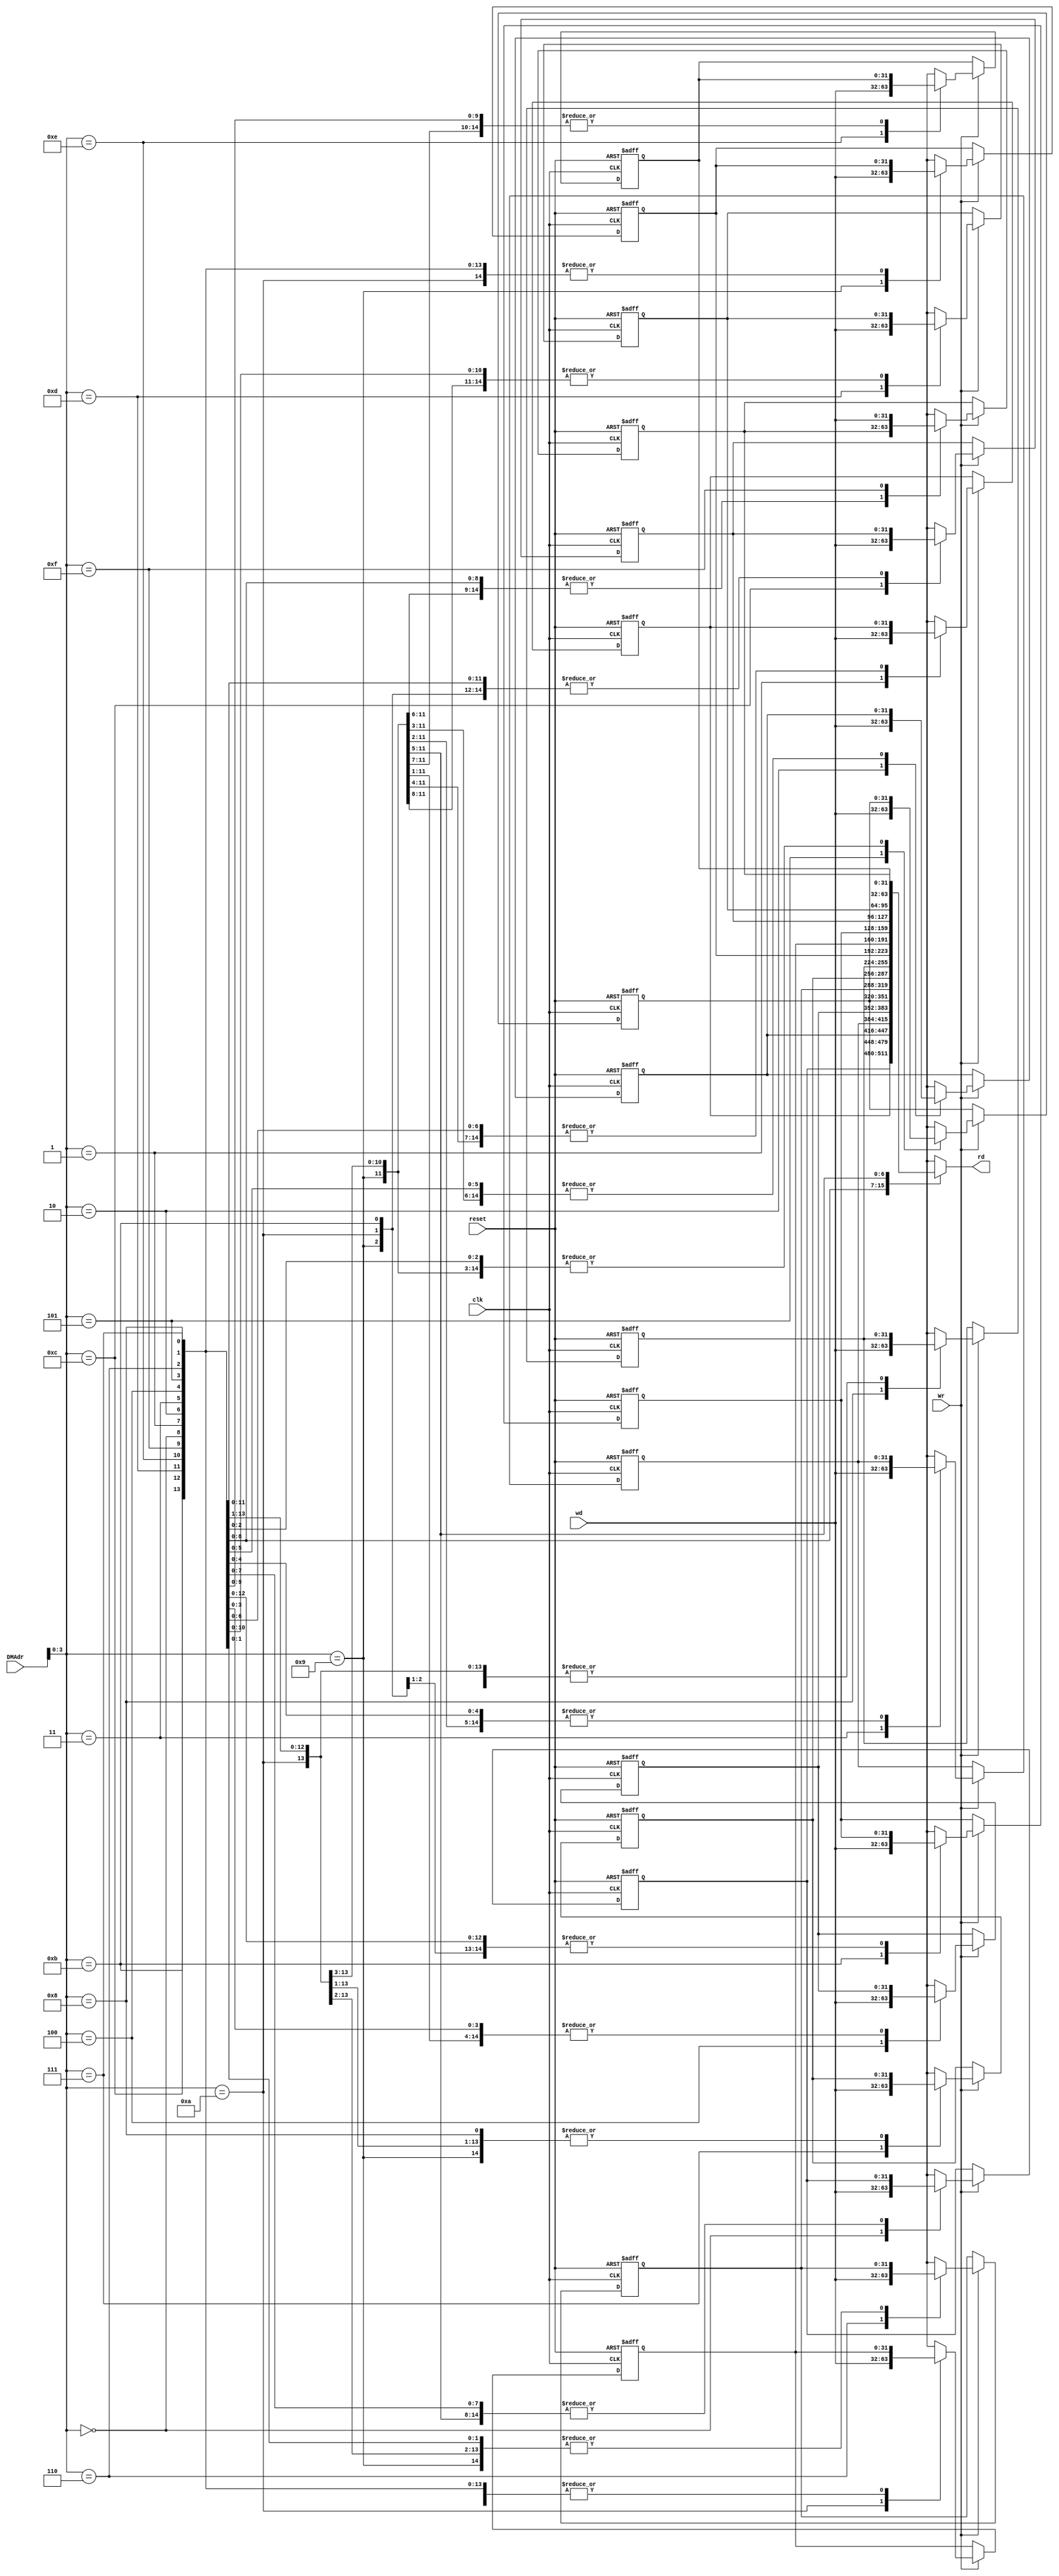
`timescale 1ns / 1ps
module DM_unit(input clk, Wr,
             input reset,
            input [15:0] DMAdr, 
		     input [31:0] wd,
			 output [31:0] rd);
			reg [31:0] RAM[15:0]; 
//read
assign rd=RAM[DMAdr];
//write
integer i;
always @ (posedge clk,posedge reset)
begin
    if(reset)begin
        for(i = 0; i < 256; i = i + 1) 
            RAM[i]=0;       
    end	
    else if (Wr) begin
      RAM[DMAdr] =wd;
        end           
    end  
 endmodule